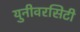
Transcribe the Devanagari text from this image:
युनीवरसिटी